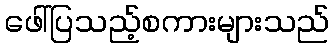
ဖေါ်ပြသည့်စကားများသည်